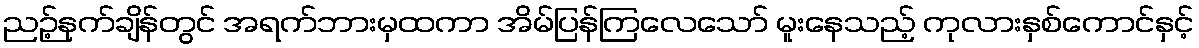
ညဉ့်နက်ချိန်တွင် အရက်ဘားမှထကာ အိမ်ပြန်ကြလေသော် မူးနေသည့် ကုလားနှစ်ကောင်နှင့်